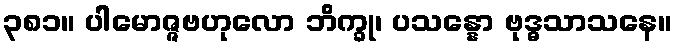
၃၈၁။ ပါမောဇ္ဇဗဟုလော ဘိက္ခု၊ ပသန္နော ဗုဒ္ဓသာသနေ။